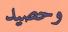
وحصيد